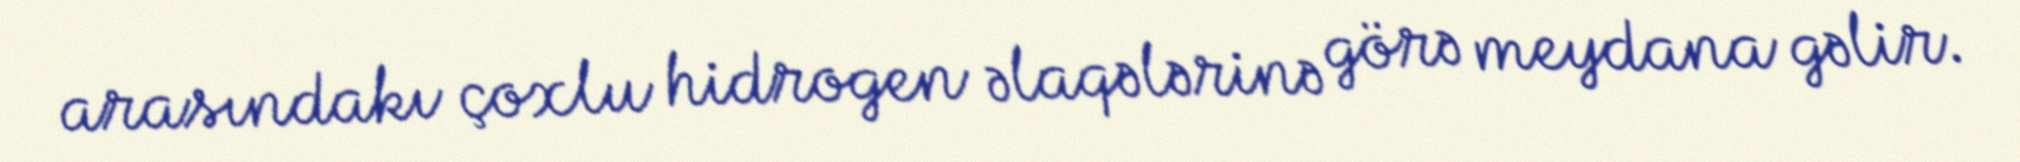
arasındakı çoxlu hidrogen əlaqələrinə görə meydana gəlir.